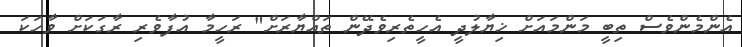
އެންމެންވެސް ތިބީ މަންމައަށް ޚިޔާލުދީ އެހީތެރިވެދޭން ތައްޔާރަށް" ރަހީމާ އުފާވެރި ރާގަކަށް ވާހަކަ